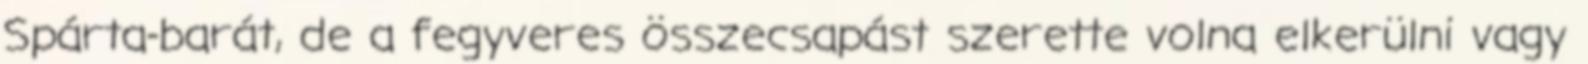
Spárta-barát, de a fegyveres összecsapást szerette volna elkerülni vagy